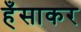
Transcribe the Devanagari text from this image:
हँसाकर